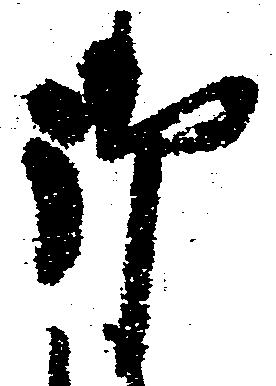
御